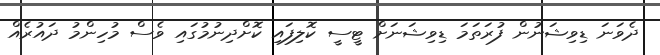
ދެވަނަ ޑިވިޝަނުން ފުރަތަމަ ޑިވިޝަނަށް ޓީސީ ކޮލިފައި ކޮށްދިނުމުގައި ވެސް މުހިންމު ދައުރެއް